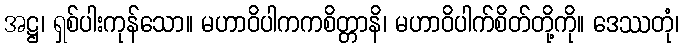
အဋ္ဌ၊ ရှစ်ပါးကုန်သော။ မဟာဝိပါကကစိတ္တာနိ၊ မဟာဝိပါက်စိတ်တို့ကို။ ဒေဿတုံ၊